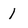
Character: 1